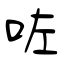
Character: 咗